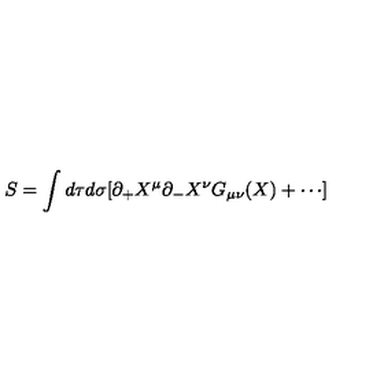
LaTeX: S = \int d \tau d \sigma [ \partial _ { + } X ^ { \mu } \partial _ { - } X ^ { \nu } G _ { \mu \nu } ( X ) + \cdots ]